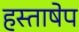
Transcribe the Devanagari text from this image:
हस्ताषेप